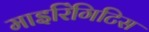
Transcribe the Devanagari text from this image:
माइरिंगिटिस